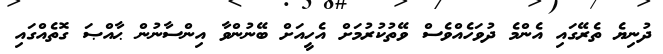
ދުނިޔެ ތެރޭގައި އެންމެ ދުވަހެއްވެސް ވޭތުކުރުމަށް އެހީއަށް ބޭނުންވާ އިންސާނުން ޙާއްޞަ ގޮތެއްގައި